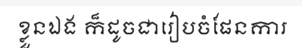
ខ្លួនឯង ក៏ដូចជារៀបចំផែនការ